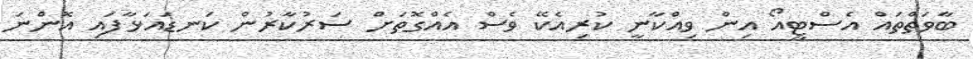
ބާވަތްތައް އެސްޓީއޯ އިން ވިއްކާނީ ކުރިއެކޭ ވެސް އެއްގޮތަށް ސަރުކާރުން ކަނޑައަޅާފައި އޮންނަ